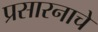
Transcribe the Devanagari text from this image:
प्रसारनाचे